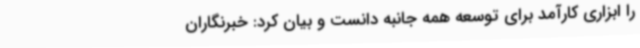
را ابزاری کارآمد برای توسعه همه جانبه دانست و بیان کرد: خبرنگاران